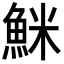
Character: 䱊